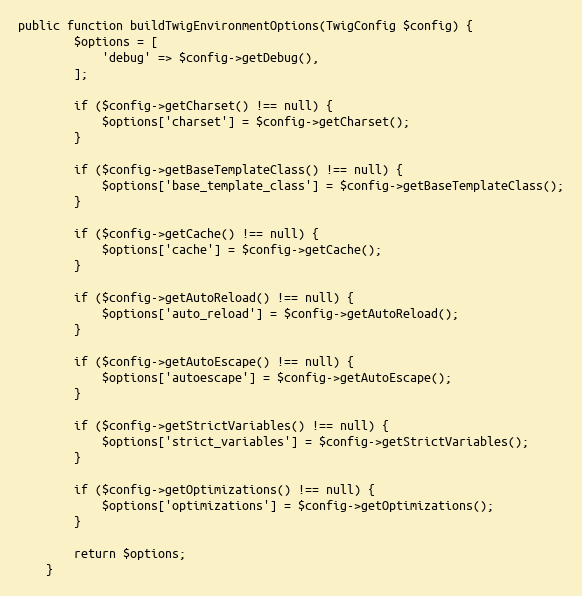
Language: PHP
public function buildTwigEnvironmentOptions(TwigConfig $config) {
        $options = [
            'debug' => $config->getDebug(),
        ];

        if ($config->getCharset() !== null) {
            $options['charset'] = $config->getCharset();
        }

        if ($config->getBaseTemplateClass() !== null) {
            $options['base_template_class'] = $config->getBaseTemplateClass();
        }

        if ($config->getCache() !== null) {
            $options['cache'] = $config->getCache();
        }

        if ($config->getAutoReload() !== null) {
            $options['auto_reload'] = $config->getAutoReload();
        }

        if ($config->getAutoEscape() !== null) {
            $options['autoescape'] = $config->getAutoEscape();
        }

        if ($config->getStrictVariables() !== null) {
            $options['strict_variables'] = $config->getStrictVariables();
        }

        if ($config->getOptimizations() !== null) {
            $options['optimizations'] = $config->getOptimizations();
        }

        return $options;
    }